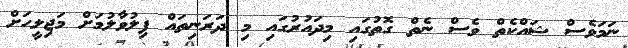
ނަމަވެސް ޝައްކެތް ވެސް ނެތް ގޮތުގައި މިދައުރުގައި މި ދަރަނިތައް ފިލުވާލުމަށް މަޖިލީހަށް